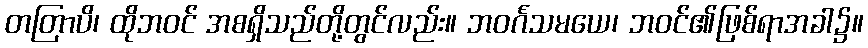
တတြာပိ၊ ထိုဘဝင် အစရှိသည်တို့တွင်လည်း။ ဘဝင်္ဂသမယေ၊ ဘဝင်၏ဖြစ်ရာအခါ၌။